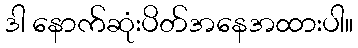
ဒါ နောက်ဆုံးပိတ်အနေအထားပါ။